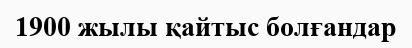
1900 жылы қайтыс болғандар